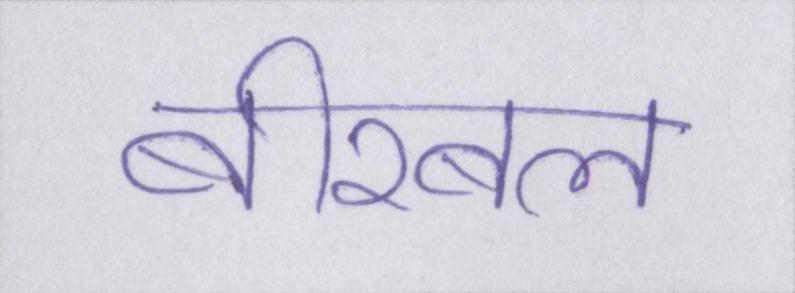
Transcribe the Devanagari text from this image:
बीरबल